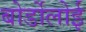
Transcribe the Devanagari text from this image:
बोर्डोलोई